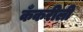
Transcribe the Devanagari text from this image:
कँकरीली